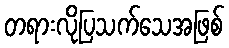
တရားလိုပြသက်သေအဖြစ်